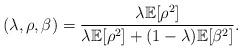
LaTeX: \begin{align*}_{}(\lambda,\rho,\beta) = \frac{\lambda\mathbb{E}[\rho^2]}{\lambda\mathbb{E}[\rho^2]+(1-\lambda)\mathbb{E}[\beta^2]}.\end{align*}